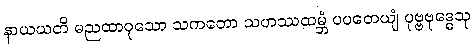
နာယယတိ မညထာဝုသော သကတော သဟဿထမ္ဘံ ပပတေယျံ ပုဗ္ဗဗုဒ္ဓေသု